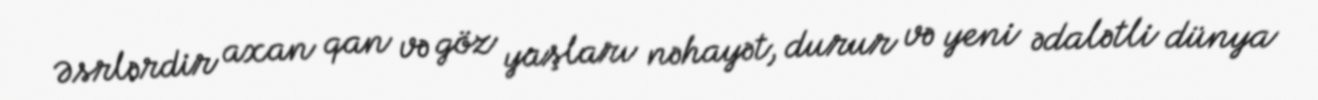
Əsrlərdir axan qan və göz yaşları nəhayət, durur və yeni ədalətli dünya